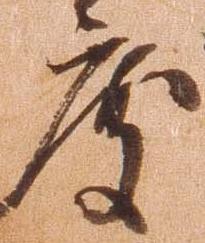
度